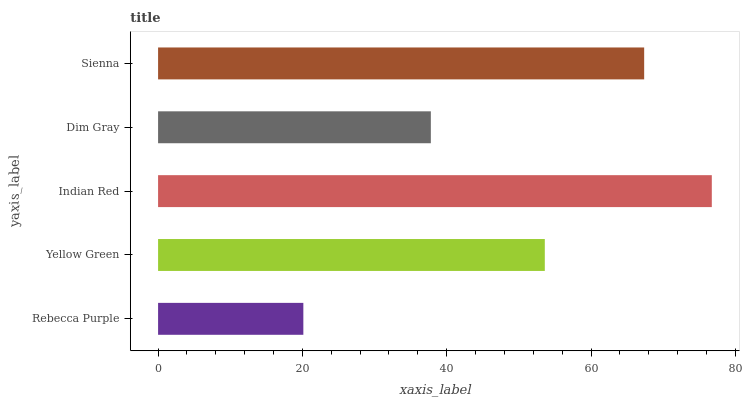
| yaxis_label | bars |
 | --- | --- |
 | Rebecca Purple | 20.1 |
 | Yellow Green | 53.6 |
 | Indian Red | 76.7 |
 | Dim Gray | 37.8 |
 | Sienna | 67.4 |